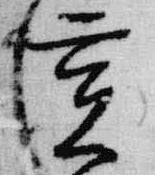
亥